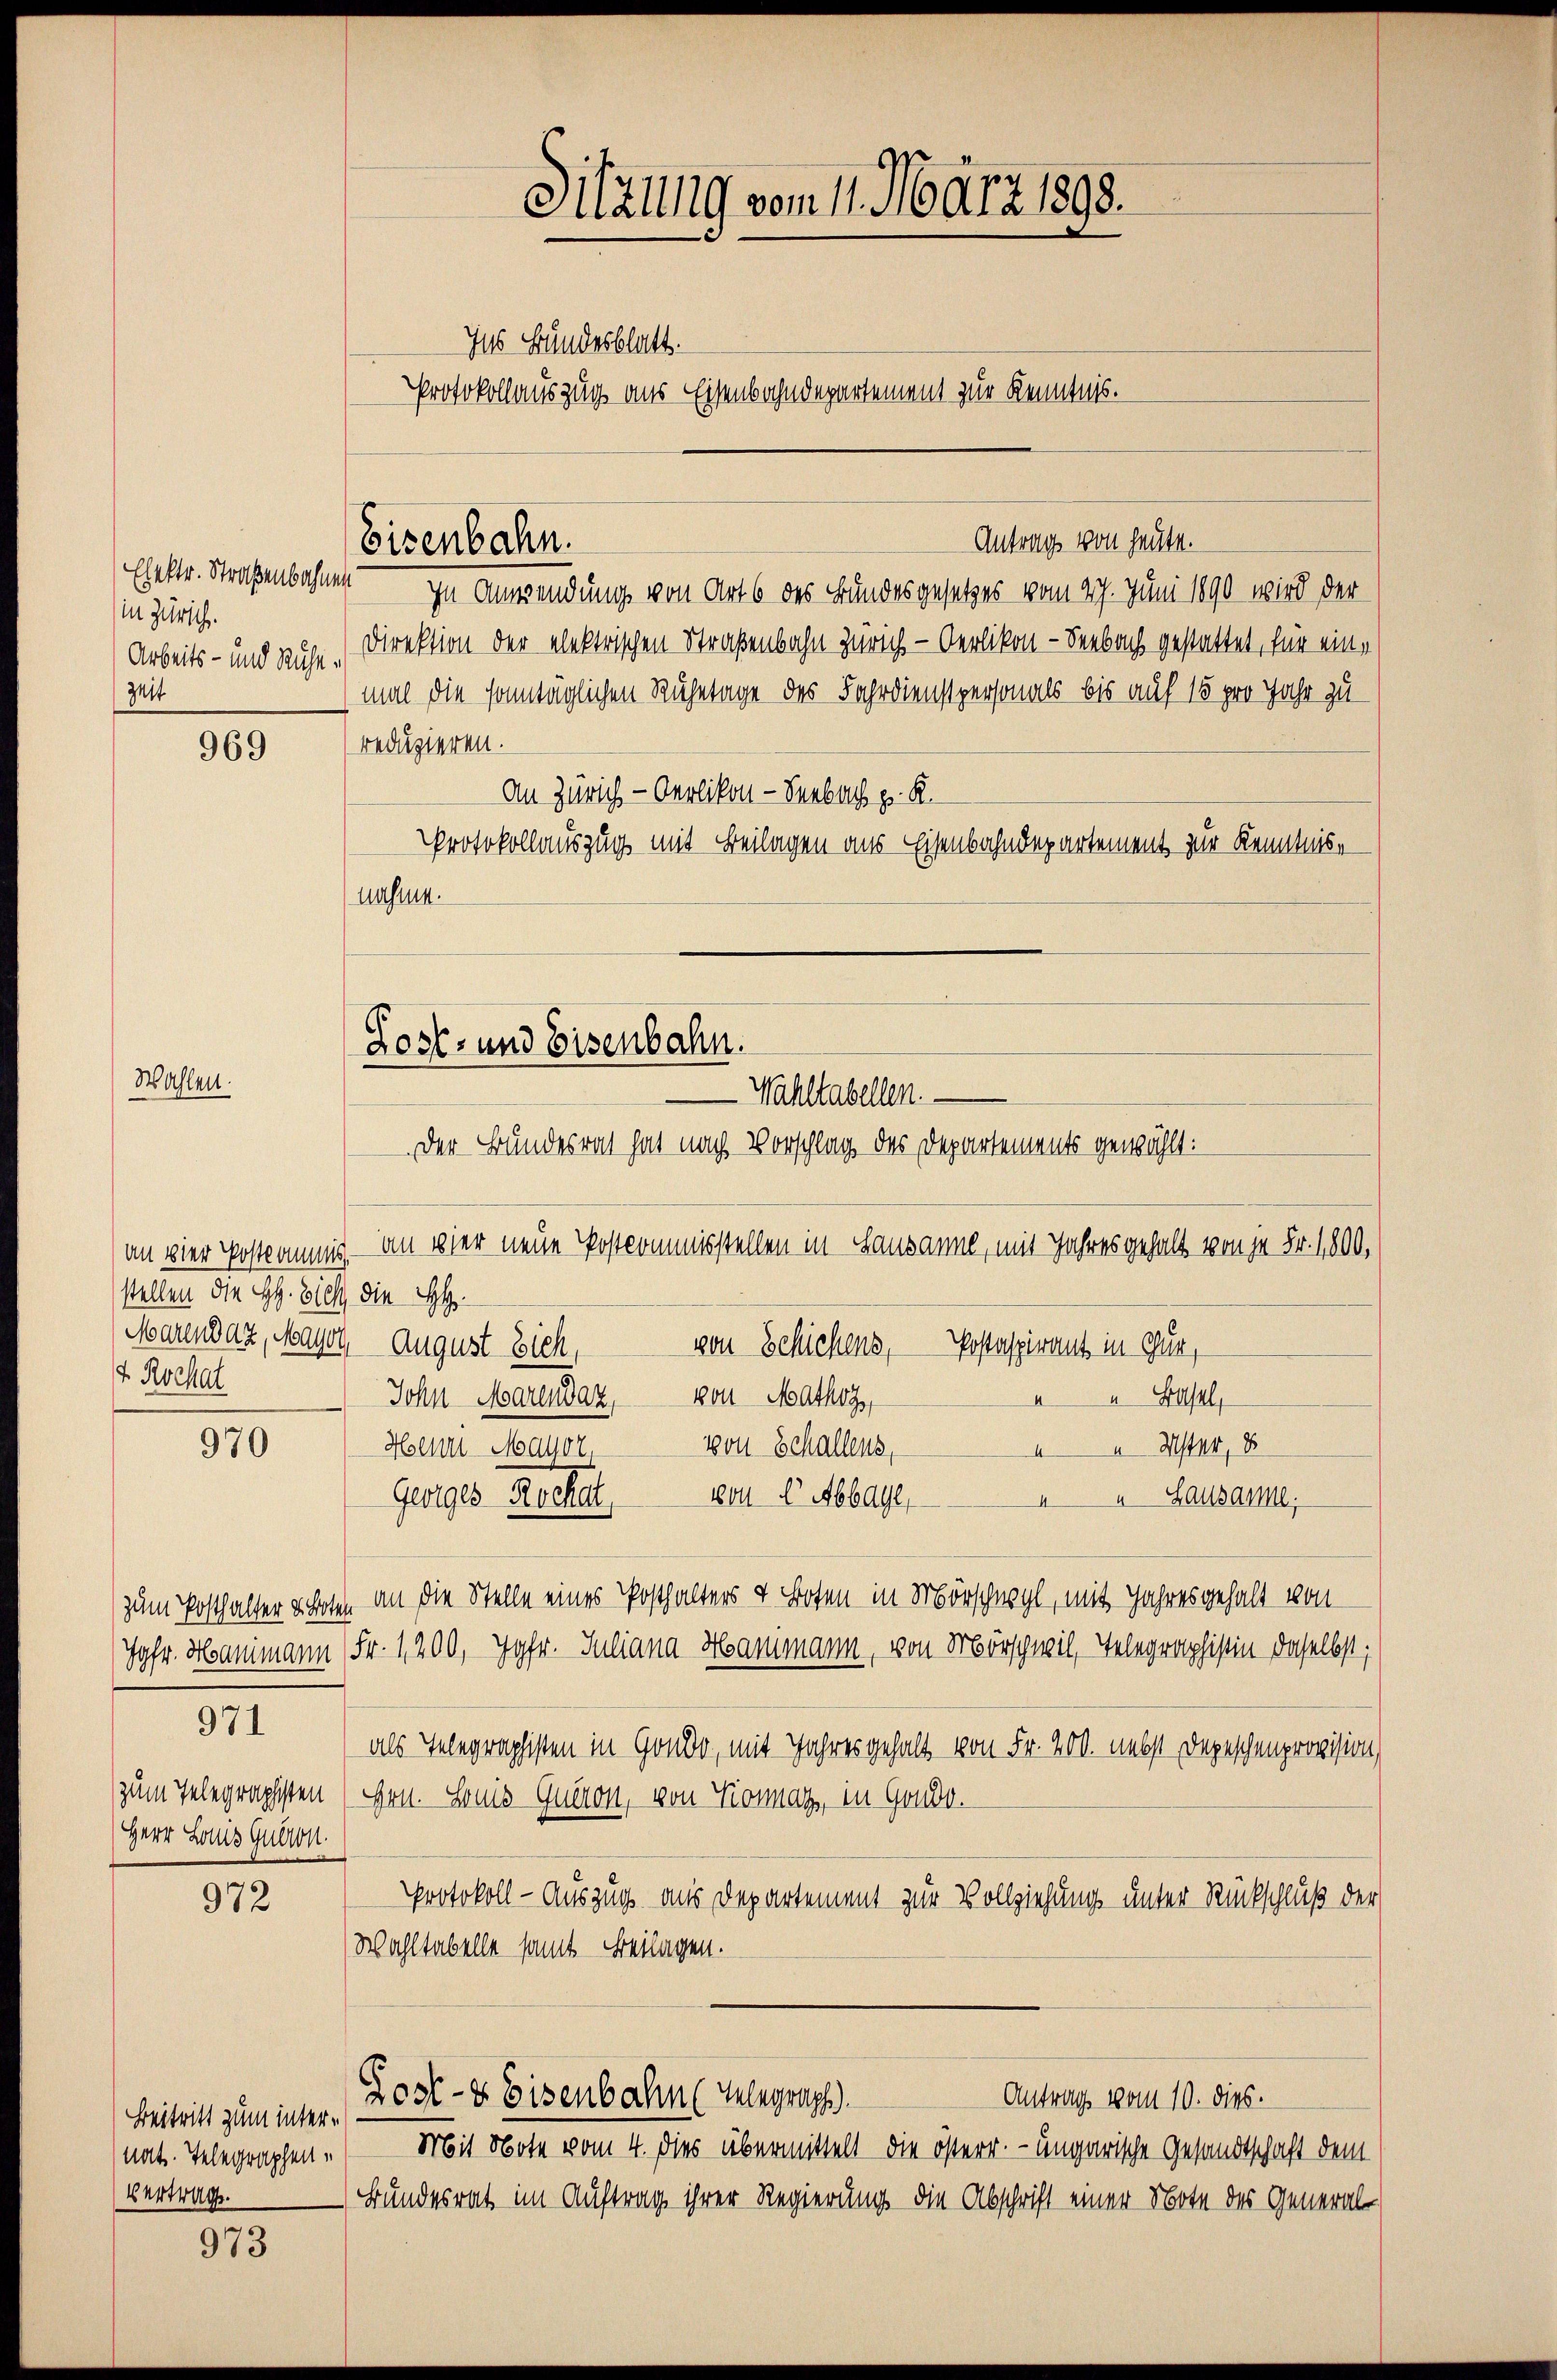
in Zürich.
Arbeits- und Ruhezett

Wahlen.

969

stellen die H. Vieh die HH
Marendaz, Mayol, August sich,
v. Rochat

970

Herr Laus Gution.

971

972

973

Ehestr. Straßenbahnen in Anwendung von Art 6 des Bundesgesetzes vom 27. Juni 1890 wird der
Direktion der elektrischen Straßenbahn Zürich - Oerlikon - Seebach gestattet, für einmal die sonntäglichen Ruhetage des Fahrdienstpersonals bis auf 15 pro Jahr zu
reduzieren.
An Zürich - Oerlikon - Seebach p. K.
Protokollauszug mit Beilagen aus Eisenbahndepartement zur Kenntnis
nahme.

an vier Postkommis. — An eher neue Postkommisstellen in Lausanne, mit Jahres gehalt von je Fr. 1800.
von Besichens, Postaspirant in Gut,
“ Basel,
John Marendaz, von Mathoz
Mst44, 8
Holhrl-Mator, von Schallens,
Geiges Rochat, 104. 8. Abbage,
 Lausamme.
zum Posthalter hohen an die Stelle eines Posthalters & Boten in Mörschwyl, mit Jahres gehalt von
Jgfr. Hammann Fr. 1,200, Jgfr. Juliana Hammann, von Mörschwil, Telegraphistin daselbst,
als Telegraphisten in Gondo, mit Jahres gehalt von Fr. 200. nebst Depeschenprovision
zum Telegraphisten (Gen. Louis Quiron, von Komar, in Gondo.
Protokoll - Auszug aus Departement zur Vollziehung unter Rückschluß der
Wohltabelle samt Beilagen.
Lost- & Eisenbahn (Telegraph
Antrag vom 10. dies.
Mit Note vom 4. dies übermittelt die österr.- ungarische Gesandtschaft dem
Bundesrat im Auftrag ihrer Regierung die Abschrift einer Note des General-

Beitritt zum internat. Telegraphen¬
Vertrag.

Sitzung vom 11. März 1890.
Ins Bundesblatt.
Protokollauszug aus Eisenbahndepartement zur Kenntnis.

Antrag von heute.
Eisenbahn.

Lost- und Eisenbahn.
Wahltabellen.
Der Bundesrath hat nach Vorschlag des Departements gewählt: